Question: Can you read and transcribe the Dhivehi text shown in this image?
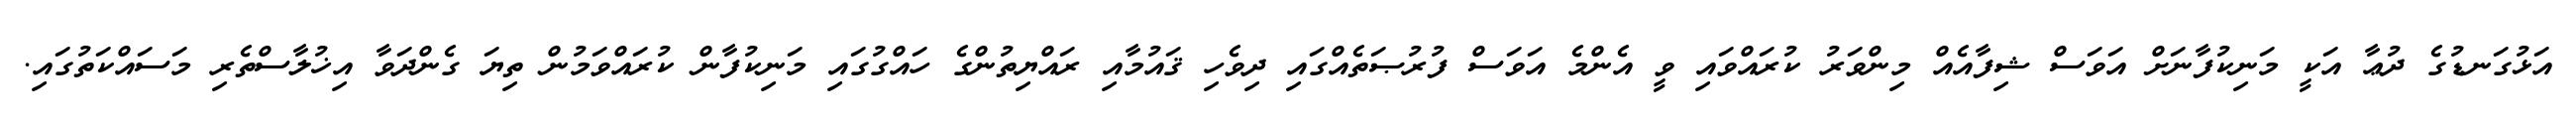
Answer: އަޅުގަނޑުގެ ދުޢާ އަކީ މަނިކުފާނަށް އަވަސް ޝިފާއެއް މިންވަރު ކުރައްވައި ވީ އެންމެ އަވަސް ފުރުޞަތެއްގައި ދިވެހި ޤައުމާއި ރައްޔިތުންގެ ހައްގުގައި މަނިކުފާން ކުރައްވަމުން ތިޔަ ގެންދަވާ އިޚުލާސްތެރި މަސައްކަތުގައި.